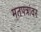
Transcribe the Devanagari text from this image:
मतपत्रांवर